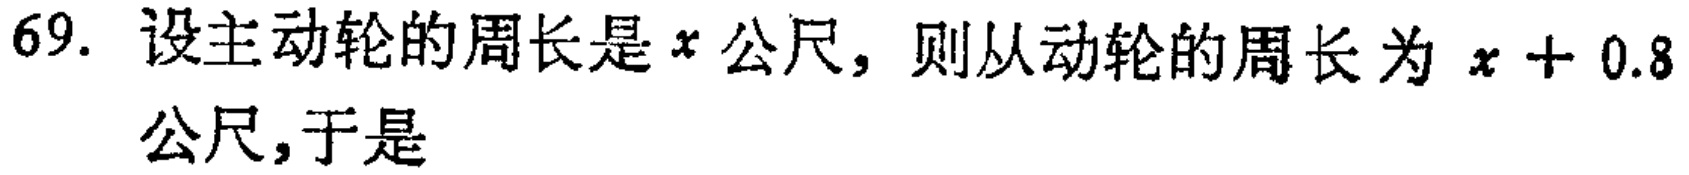
69. 设主动轮的周长是\(x\)公尺，则从动轮的周长为\(x + 0.8\)公尺,于是